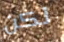
لكن